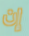
إن